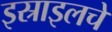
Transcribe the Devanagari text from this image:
इस्राइलचे